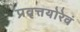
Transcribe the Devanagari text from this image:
प्रवृत्तयोरेवं